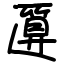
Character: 匴